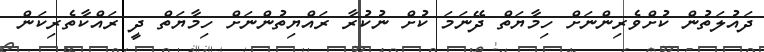
ދައުލަތުން ކުށްވެރިންނަށް ހިމާޔަތް ދޭނަމަ ކުށް ނުކުރާ ރައްޔިތުންނަށް ހިމާޔަތް ދީ ރައްކާތެރިކަން